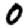
Digit: 0